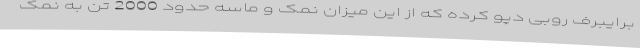
برایبرف روبی دپو کرده که از این میزان نمک و ماسه حدود 2000 تن به نمک